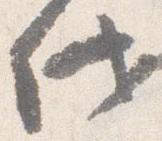
代